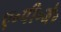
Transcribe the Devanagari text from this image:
ए॰पी॰जे॰